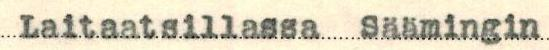
Laitaatsillassa Säämingin